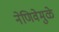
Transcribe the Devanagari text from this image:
नेणिवेमुळे